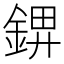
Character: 𰼺